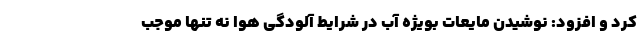
کرد و افزود: نوشیدن مایعات بویژه آب در شرایط آلودگی هوا نه تنها موجب